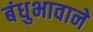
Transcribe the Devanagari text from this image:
बंधुभावाने